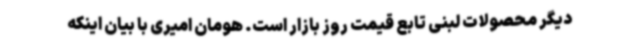
دیگر محصولات لبنی تابع قیمت روز بازار است. هومان امیری با بیان اینکه